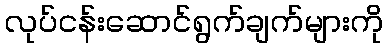
လုပ်ငန်းဆောင်ရွက်ချက်များကို